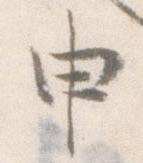
申